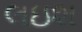
લઇશ